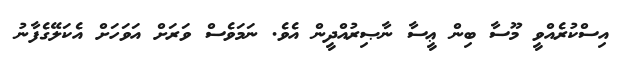
އިސްކުރެއްވީ މޫސާ ބިން ޢީސާ ނާޞިރުއްދީން އެވެ. ނަމަވެސް ވަރަށް އަވަހަށް އެކަލޭގެފާނު